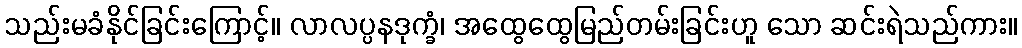
သည်းမခံနိုင်ခြင်းကြောင့်။ လာလပ္ပနဒုက္ခံ၊ အထွေထွေမြည်တမ်းခြင်းဟူ သော ဆင်းရဲသည်ကား။